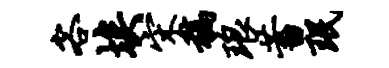
客埃宋稿琅蓄珉